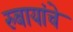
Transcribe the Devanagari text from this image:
रुबायांचे